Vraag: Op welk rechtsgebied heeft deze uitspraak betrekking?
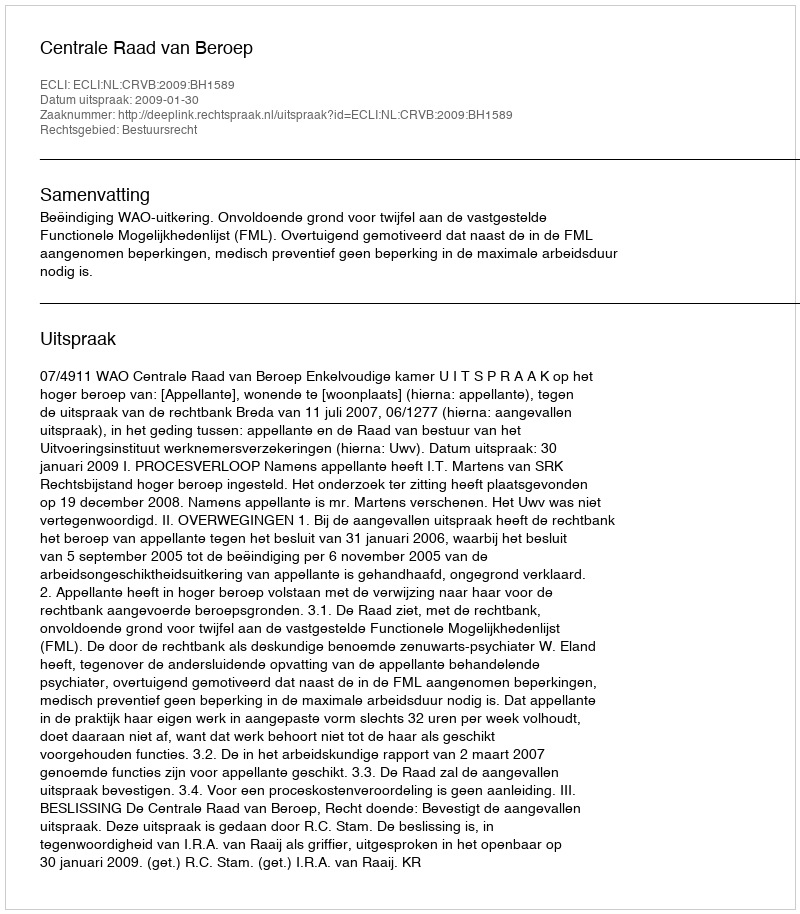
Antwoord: Bestuursrecht